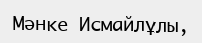
Мәнке Исмайлұлы,